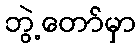
ဘွဲ့တော်မှာ